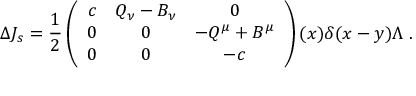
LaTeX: \Delta J _ { s } = \frac { 1 } { 2 } \left( \begin{array} { c c c } { { c } } & { { Q _ { \nu } - B _ { \nu } } } & { { 0 } } \\ { { 0 } } & { { 0 } } & { { - Q ^ { \mu } + B ^ { \mu } } } \\ { { 0 } } & { { 0 } } & { { - c } } \end{array} \right) ( x ) \delta ( x - y ) \Lambda \ .